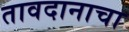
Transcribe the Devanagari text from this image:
तावदानाचा